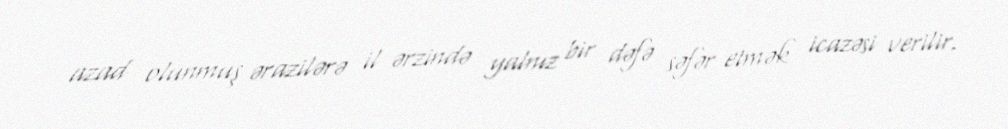
azad olunmuş ərazilərə il ərzində yalnız bir dəfə səfər etmək icazəsi verilir.